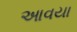
આવયા